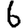
Digit: 6